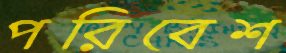
পরিবেশ